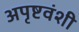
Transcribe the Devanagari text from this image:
अपृष्टवंशी